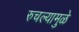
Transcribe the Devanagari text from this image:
रुचल्यामुळे